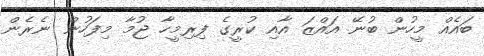
ބައެއް މީހުން ބުނޭ އައްޒަ އާއި ކުރީގެ ފިރިމީހާ ޖުމާ މިފަހުން ނެރެން